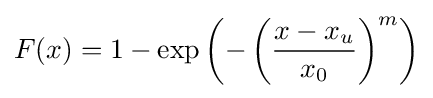
F(x)=1-\exp \left(-\left({\frac {x-x_{u}}{x_{0}}}\right)^{m}\right)